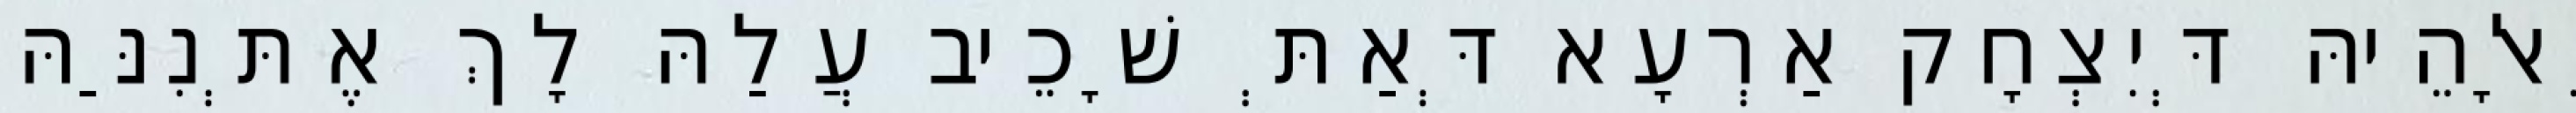
וֵאלָהֵיהּ דְּיִצְחָק אַרְעָא דְּאַתְּ שָׁכֵיב עֲלַהּ לָךְ אֶתְּנִנַּהּ